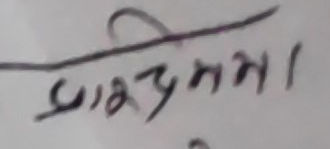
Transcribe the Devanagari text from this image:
प्रारंभमा